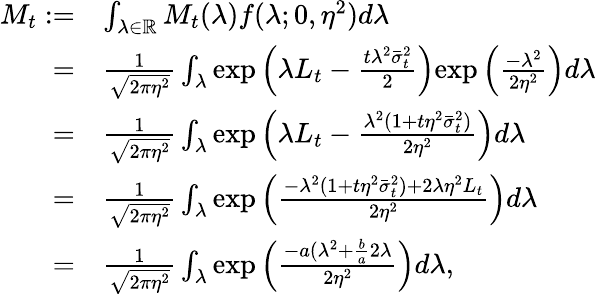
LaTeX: \begin{array}{rl}{M_{t}:=}&{\int_{\lambda\in\mathbb{R}}M_{t}(\lambda)f(\lambda;0,\eta^{2})d\lambda}\\ {=}&{\frac{1}{\sqrt{2\pi\eta^{2}}}\int_{\lambda}\mathrm{exp}\left(\lambda L_{t}-\frac{t\lambda^{2}\bar{\sigma}_{t}^{2}}{2}\right)\mathrm{exp}\left(\frac{-\lambda^{2}}{2\eta^{2}}\right)d\lambda}\\ {=}&{\frac{1}{\sqrt{2\pi\eta^{2}}}\int_{\lambda}\mathrm{exp}\left(\lambda L_{t}-\frac{\lambda^{2}(1+t\eta^{2}\bar{\sigma}_{t}^{2})}{2\eta^{2}}\right)d\lambda}\\ {=}&{\frac{1}{\sqrt{2\pi\eta^{2}}}\int_{\lambda}\mathrm{exp}\left(\frac{-\lambda^{2}(1+t\eta^{2}\bar{\sigma}_{t}^{2})+2\lambda\eta^{2}L_{t}}{2\eta^{2}}\right)d\lambda}\\ {=}&{\frac{1}{\sqrt{2\pi\eta^{2}}}\int_{\lambda}\mathrm{exp}\left(\frac{-a(\lambda^{2}+\frac{b}{a}2\lambda}{2\eta^{2}}\right)d\lambda,}\end{array}